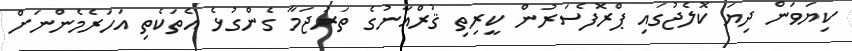
ކިޔަވަން ދިޔަ ކޮލެޖުގައި ޕްރޮފެސަރުން ކީރިތި ޤުރްއާނުގެ ތަރުޖަމާ ގެންގުޅެ އެތަކެތި އަހަރެމެންނަށް